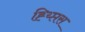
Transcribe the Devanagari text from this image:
ह्य्प्तिस